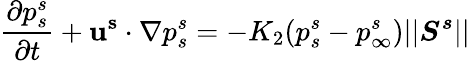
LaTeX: \frac{\partial p_{s}^{s}}{\partial t}+\mathbf{u^{s}}\cdot\nabla p_{s}^{s}=-K_{2}(p_{s}^{s}-p_{\infty}^{s})\vert\vert\boldsymbol{S^{s}}\vert\vert